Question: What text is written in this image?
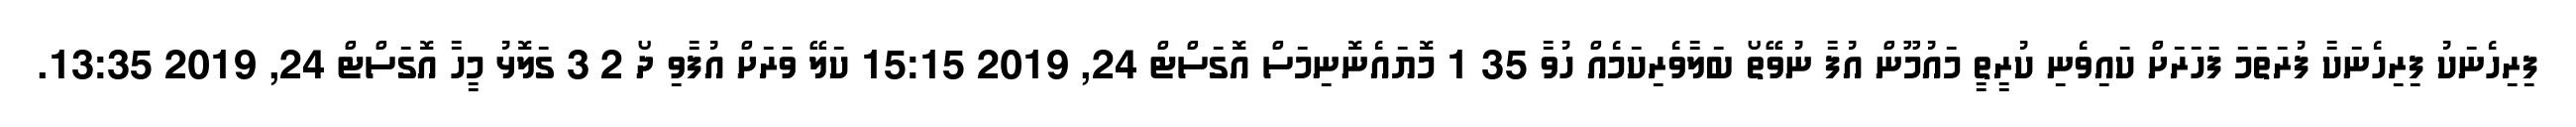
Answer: ފިރިހެނަކު ފިރިހެނަކާ ފުރަތަމަ ފަހަރަށް ކައިވެނި ކުރީތީ މައުމޫން އުފާ ނުވޭތޯ ބަލާވެރިކަމެއް ހުވާ 35 1 މޮޔައެނޮނިމަސް އޮގަސްޓް 24, 2019 15:15 ކަލޭ ވަރަށް އުފާވި ދޯ 2 3 ގަލޮޅު މީހާ އޮގަސްޓް 24, 2019 13:35.